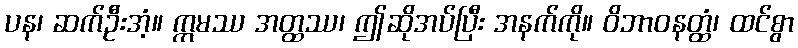
ပန၊ ဆက်ဦးအံ့။ ဣမဿ အတ္ထဿ၊ ဤဆိုအပ်ပြီး အနက်ကို။ ဝိဘာဝနတ္ထံ၊ ထင်စွာ